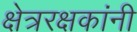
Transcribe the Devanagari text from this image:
क्षेत्ररक्षकांनी